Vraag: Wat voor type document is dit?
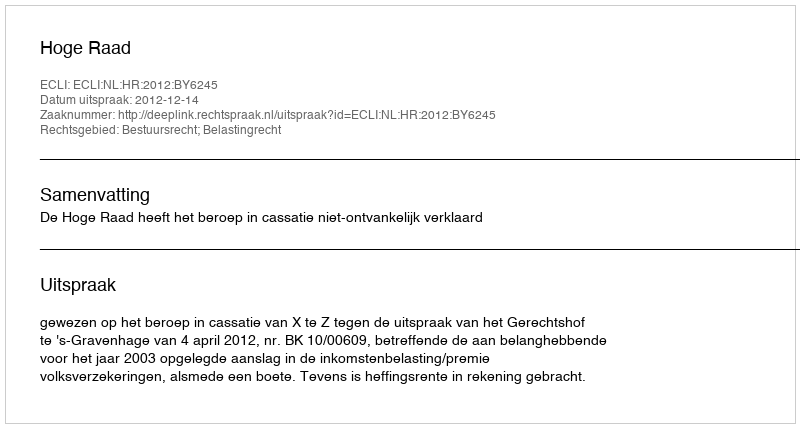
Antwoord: Uitspraak